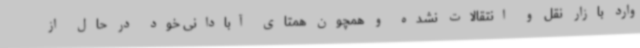
وارد بازار نقل و انتقالات نشده و همچون همتای آبادانی خود در حال از